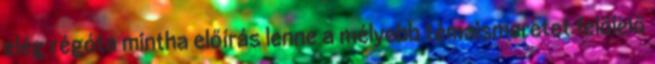
elég régóta mintha előírás lenne a mélyebb témaismeretet felölelő